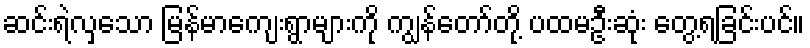
ဆင်းရဲလှသော မြန်မာကျေးရွာများကို ကျွန်တော်တို့ ပထမဦးဆုံး တွေ့ရခြင်းပင်။